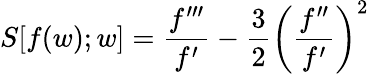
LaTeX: S[f(w);w]=\frac{f^{\prime\prime\prime}}{f^{\prime}}-\frac 32\left(\frac{f^{\prime\prime}}{f^{\prime}}\right)^{2}